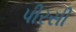
પીરસી